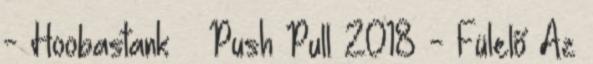
- Hoobastank – Push Pull 2018 - Fülelő Az